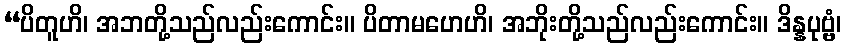
“ပိတူဟိ၊ အဘတို့သည်လည်းကောင်း။ ပိတာမဟေဟိ၊ အဘိုးတို့သည်လည်းကောင်း။ ဒိန္နပုဗ္ဗံ၊